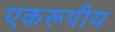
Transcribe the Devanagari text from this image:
एकरूपीय